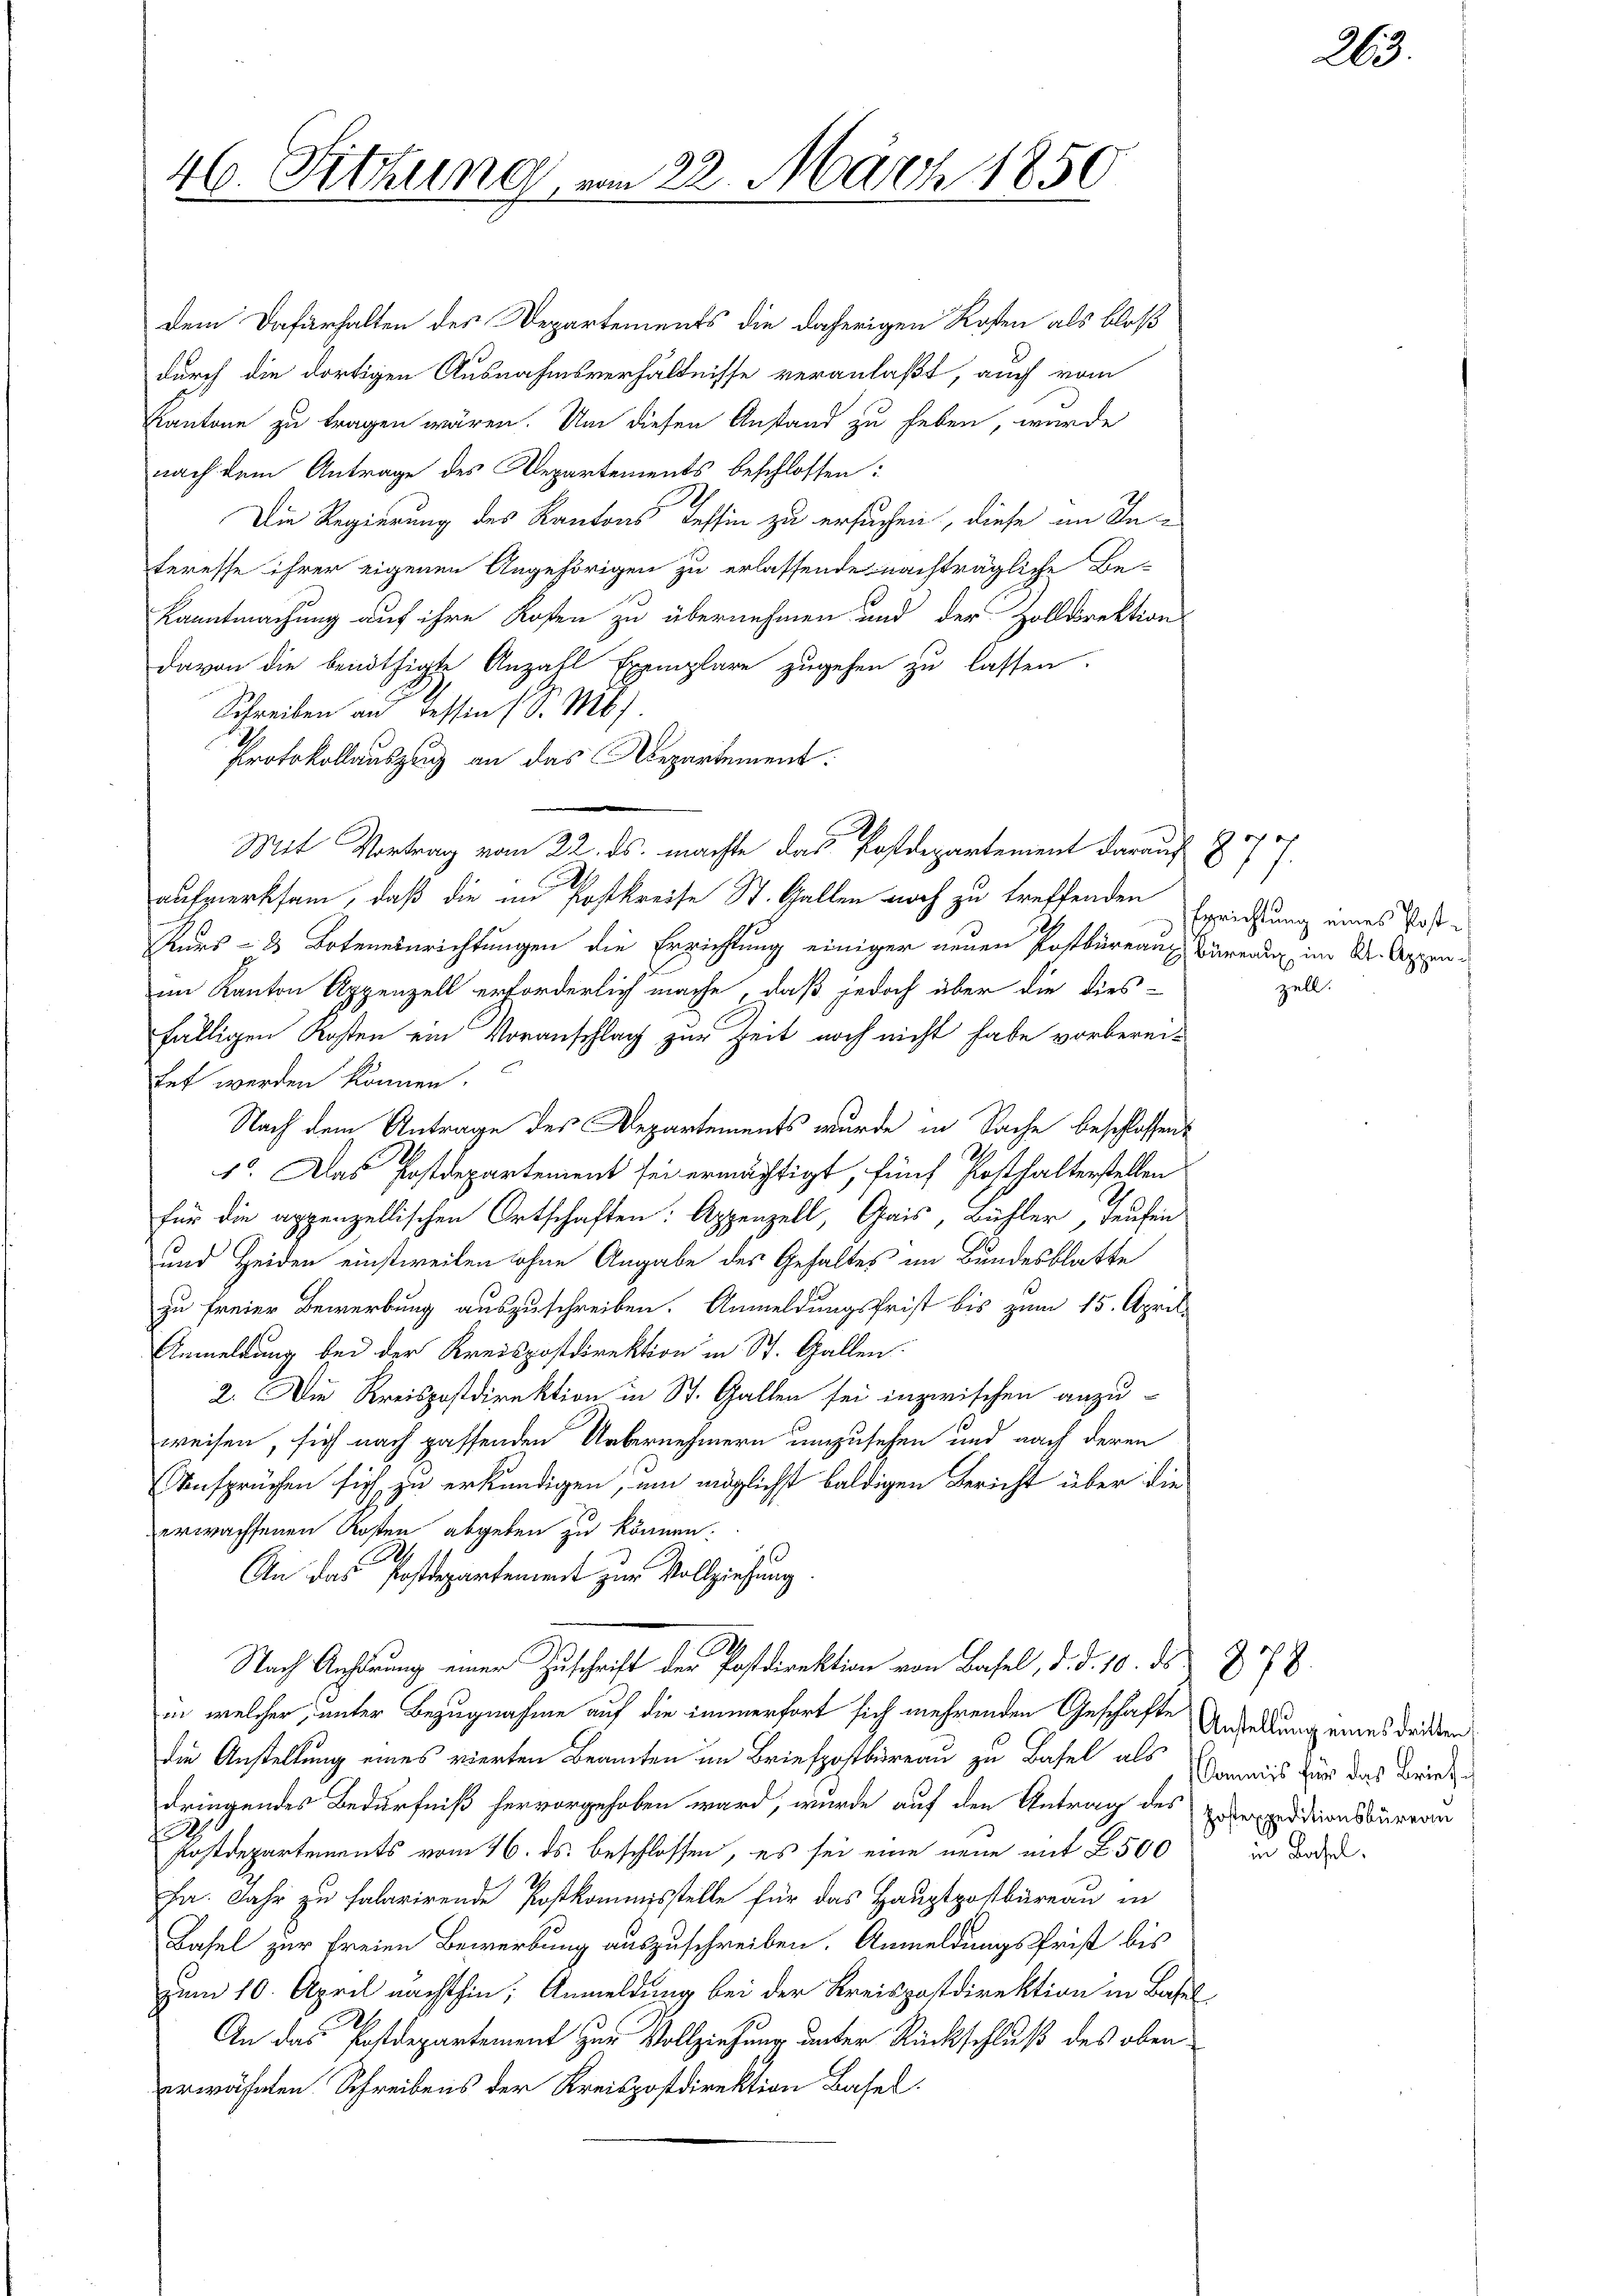
46. Sitzung

dem Dafürhalten des Departements die daherigen Kosten als bloß
durch die dortigen Ausnahmsverhältnisse veranlaßt, auch vom
Kantone zu tragen wären. Um diesen Anstand zu heben, wurde
nach dem Antrage des Departements beschlossen:
Die Regierung des Kantons Tessin zu ersuchen, diese im In-
teresse ihrer eigenen Angehörigen zu erlassende nachträgliche Be-
Kanntmachung auf ihre Kosten zu übernehmen und der Zolldirektion
davon die benöthigte Anzahl Exemplare zugehen zu lassen.
Schreiben an Tessin (S. 16)
Protokollauszug an das Aepartement.
e
Mit Vortrag vom 22. ds. machte das Postdepartement darauf § 77
aufmerksam, daß die im Postkreise St. Gallen noch zu treffenden
Kurs – 8 Boteneinrichtungen die Errichtung einiger neuen Postbureaus Bärend im K. Appen d
im Kanton Appenzell erforderlich mache, daß jedoch über die dies-
fälligen Kosten ein Voranschlag zur Zeit noch nicht habe vorberei-
tet werden können.
Nach dem Antrage des Departements wurde in Sache beschlossen,
s. Das Postdepartement sei ermächtigt, fünf Posthalterstellen
für die appenzellischen Ortschaften: Appenzell, Gais, Bühler, Taufen
und Heiden einstweilen ohne Angabe des Gehaltes im Bundesblatte
zu freier Bewerbung auszuschreiben. Anmeldungsfrist bis zum 15. April
Anmeldung bei der Kreispostdirektion in St. Gallen.
2. Die Kreispostdirektion in St. Gallen sei inzwischen anzuweisen, sich nach passenden Uebernehmern umzusehen und nach deren
Ansprüchen sich zu erkundigen, um möglichst baldigen Bericht über die
erwachsenen Kosten abgeben zu können.
An das Postdepartement zur Vollziehung
.
Nach Anhörung einer Zuschrift der Postdirektion von Basel, d. d. 10. ds. Z. 78
in welcher, unter Bezugnahme auf die immerfort sich mehrenden Geschäfte Anstellung eines dritten
die Anstellung eines vierten Beamten im Briefpostbüreau zu Basel als Domwais der das Briedig
dringendes Bedürfniß hervorgehoben ward, wurde auf den Antrag des expeditionsbüreau
.
Postdepartements vom 16. ds. beschlossen, es sei eine neue mit 2500
Fa. Jahr zu falarirende Postkommisstelle für das Hauptpostbüreau in
Basel zur Freien Bewerbung auszuschreiben. Anmeldungsfrist bis
zum 10. April nächsthin, Anmeldung bei der Kreispostdirektion in Basel
2
An das Postdepartement zur Vollziehung unter Rückschluß des oben
erwähnten Schreibens der Kreispostdirektion Basel.

22. März 1850

Errichtung eines Postzell.

263.

n Basel.